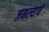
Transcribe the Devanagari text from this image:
जमल्याचे